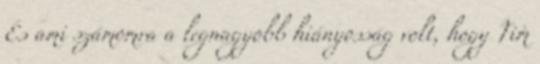
És ami számomra a legnagyobb hiányosság volt, hogy Tim